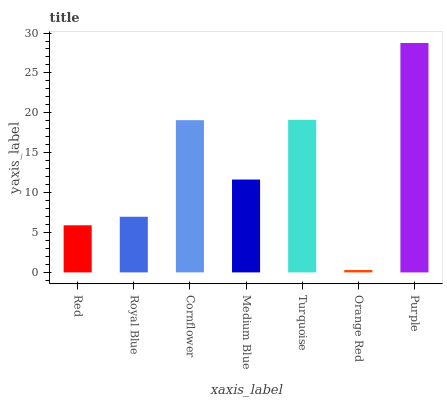
| xaxis_label | bars |
 | --- | --- |
 | Red | 5.9 |
 | Royal Blue | 6.97 |
 | Cornflower | 19.1 |
 | Medium Blue | 11.6 |
 | Turquoise | 19.1 |
 | Orange Red | 0.298 |
 | Purple | 28.8 |